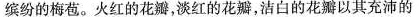
缤纷的梅苞。火红的花瓣，淡红的花瓣，洁白的花瓣以其充沛的